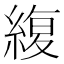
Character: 緮